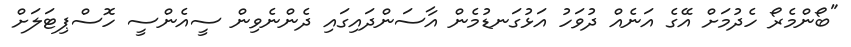
"ބޯންމެރޯ ހެދުމަށް އޭގެ އަނެއް ދުވަހު އަޅުގަނޑުމެން އާސަންދައިގައި ދެންނެވިން ސީއެންސީ ހޮސްޕިޓަލަށް